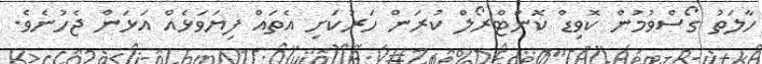
ހާލަތު ގޯސްވުމުން ކޮވިޑް ކޮންޓްރޯލް ކުރަން ހަރުކަށި އެތައް ފިޔަވަޅެއް އަޅަން ޖެހުނެވެ.